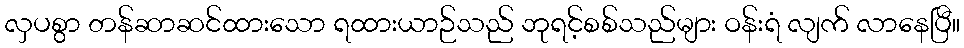
လှပစွာ တန်ဆာဆင်ထားသော ရထားယာဉ်သည် ဘုရင့်စစ်သည်များ ဝန်းရံ လျက် လာနေပြီ။